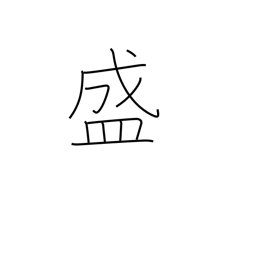
Meaning: prosper